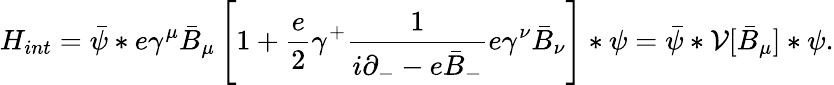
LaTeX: {H}_{int}=\bar{\psi}*e\gamma^{\mu}\bar{B}_{\mu}\left[1+\frac{e}{2}\gamma^{+}\frac{1}{i\partial_{-}-e\bar{B}_{-}}e\gamma^{\nu}\bar{B}_{\nu}\right]\ast\psi=\bar{\psi}\ast{\cal V}[\bar{B}_{\mu}]\ast\psi.